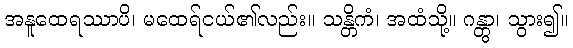
အနူထေရဿာပိ၊ မထေရ်ငယ်၏လည်း။ သန္တိကံ၊ အထံသို့။ ဂန္တွာ၊ သွား၍။